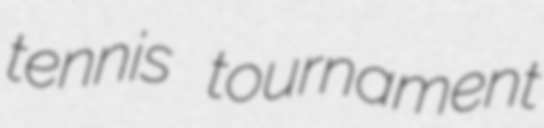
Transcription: tennis tournament